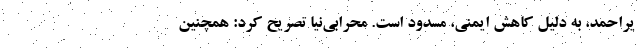
یراحمد، به دلیل کاهش ایمنی، مسدود است. محرابی‌نیا تصریح کرد: همچنین